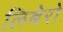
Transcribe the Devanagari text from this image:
लिबेरो